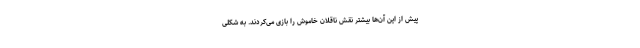
پیش از این آن‌ها بیشتر نقش ناقلان خاموش را بازی می‌کردند. به شکلی